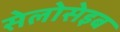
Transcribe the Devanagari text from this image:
सेलोसेइब